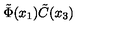
\tilde { \Phi } ( x _ { 1 } ) \tilde { C } ( x _ { 3 } )